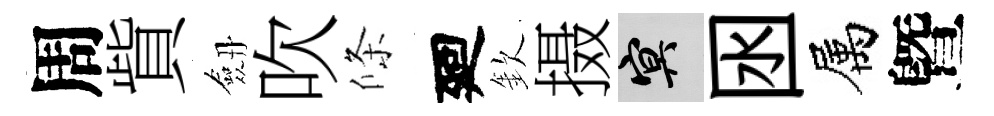
周貲劔吹條廻欽摄冥囦属曁